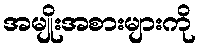
အမျိုးအစားများကို